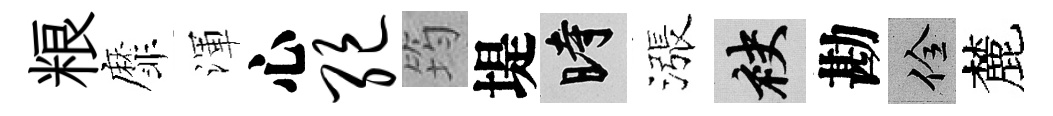
粮靡渾心绝筠堤时漲袂勘佺麓